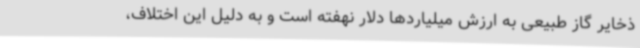
ذخایر گاز طبیعی به ارزش میلیاردها دلار نهفته است و به دلیل این اختلاف،